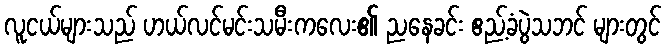
လူငယ်များသည် ဟယ်လင်မင်းသမီးကလေး၏ ညနေခင်း ဧည့်ခံပွဲသဘင် များတွင်